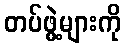
တပ်ဖွဲ့များကို